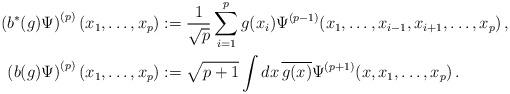
LaTeX: \begin{align*}\left(b^*(g)\Psi\right)^{(p)}(x_1,\ldots,x_p) &:= \frac{1}{\sqrt{p}}\sum_{i=1}^p g(x_i)\Psi^{(p-1)}(x_1,\ldots,x_{i-1},x_{i+1},\ldots,x_p)\,, \\\left(b(g)\Psi\right)^{(p)} (x_1,\ldots,x_p) &:= \sqrt{p+1} \int dx \, \overline{g(x)} \Psi^{(p+1)}(x,x_1,\ldots,x_p)\,.\end{align*}